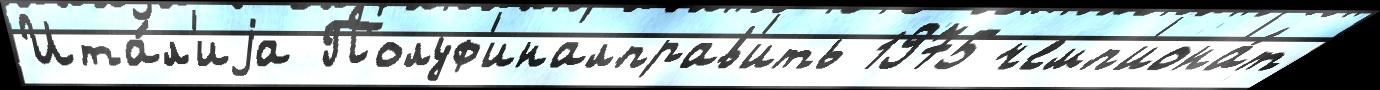
Ита́л'иjа Полуф'иналправ'ить 1975 чемп'иона́т